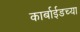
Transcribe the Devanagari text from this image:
कार्बाईडच्या